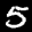
Label: 5